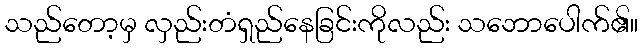
သည်တော့မှ လှည်းတံရှည်နေခြင်းကိုလည်း သဘောပေါက်၏။